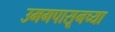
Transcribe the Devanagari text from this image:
उमगपासूनच्या